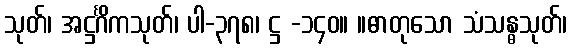
သုတ်၊ အဋ္ဌင်္ဂိကသုတ်၊ ပါ-၃၇၈၊ ဋ္ဌ -၁၄၀။ ။ဓာတုသော သံသန္ဓသုတ်၊